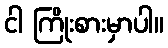
ငါ ကြိုးစားမှာပါ။